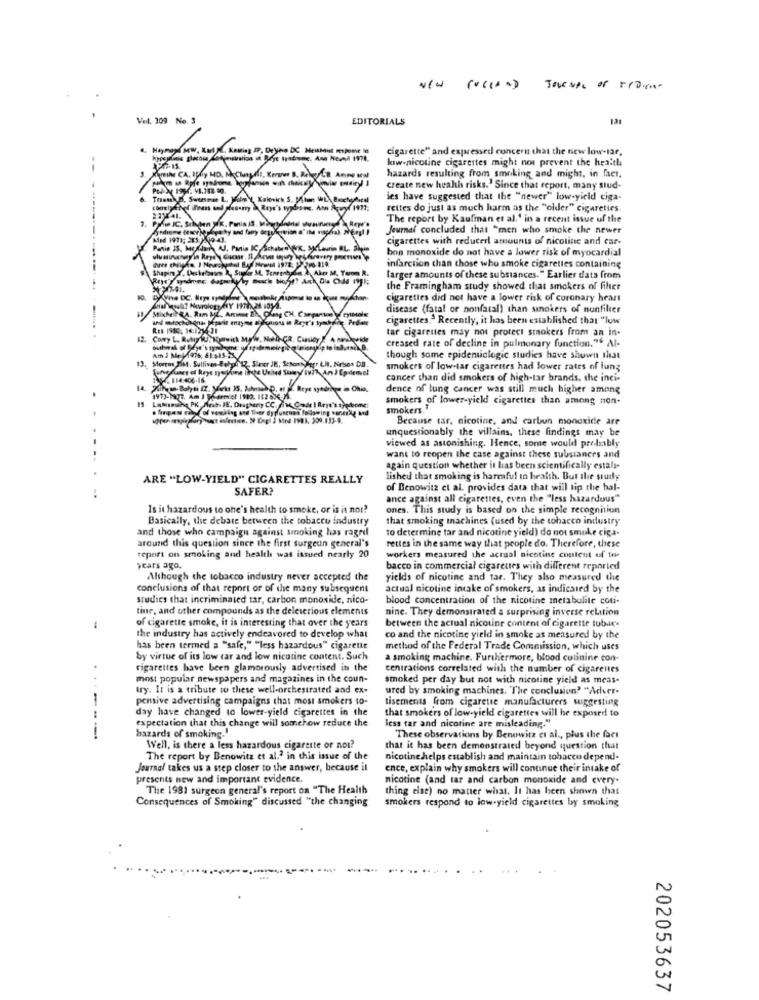
Ved. 309 No. 3
EDITORIALS
121
cigarette" and expressed concern that the new low-tar.
kıw-nicotine cigarettes might not prevent the health
--
hazards resulting from smoking and might, in fact.
create new health risks." Since that report, many siud.
Thank D. Swennman L. Moms ( Kalori
ies have suggested that the "newer" low-yield ciga-
rettes do just as much harm as the "older" cigarettes
Prie IC. Schuhen K. Panin IS. V
The report by Kaufman et al.' in a recent issue of the
Journal concluded that "men who smoke the newer
cigarettes with reducerl amounts of nicoline and car-
Panie 35, Mc
Panie 35, Mondan AJ. Panin IC, Sche
bon monoxide do not have a lower risk of myocardial
796-819
Shaping Y. Deshebben R, Sualor M. Terre
Shapin Y. De
infarction than those who smoke cigarettes containing
larger amounts of these substances. " Earlier data from
the Framingham study showed that smokers of filter
cigarettes did not have a lower risk of coronary heart
disease (fatal or nonfatal) than sinokers of nonfilier
cigarettes." Recently, it has been established that "luw
Res 1980, 14:1216 21
tar cigarettes may not protect smokers from an in-
Corry L. Ruby ke, Ryanwick MpWww. Mohli GR
Chasity
creased rate of decline in pulmonary function." Al-
bulmak of Meye's
though some epidemiologic studies have shown that
Epidem
smokers of low-tar cigarettes had lower rates of lun;
cancer than did smokers of high-tar brands, the inci-
14
dence of lung cancer was still much higher among
.
smokers of lower-yick! cigarettes than among non-
ver dy plusenes following wane
smokers."
MI INES, 309,133-9.
Because tar, nicotine, and carbon monoxide are
unquestionably the villains, these findings may be
viewed as astonishing. Hence, some would probably
want to reopen the case against these substances and
again question whether it has been scientifically estals-
ARE "LOW-YIELD" CIGARETTES REALLY
lished that smoking is harmful to health. But the study
SAFER?
of Benowitz et al. provides data that will tip the hal-
ance against all cigarettes, even the "less hazardous"
Is it hazardous to one's health to smoke, or is it nor?
ones. This study is based on the simple recognition
Basically, the debate between the tobacco industry
that smoking machines (used by the tobacco industry
and those who campaign against smoking has raged
to determine tar and nicotine yield) do not smoke ciga-
rettes in the same way that people do. Therefore, these
around this question since the first surgeon general's
workers measured the actual nicotine content uif to-
report on smoking and health was issued nearly 20
years ago.
bacco in commercial cigarettes with different reported
Although the tobacco industry never accepted the
yields of nicotine and tar. They also measured the
conclusions of that report or of the many subsequent
actual nicotine intake of smokers, as indicated by the
studies that incriminated tar, carbon monoxide, nico-
blood concentration of the nicotine metabolite coti-
tine, and other compounds as the deleterious elements
nine. They demonstrated a surprising inverse relation
of cigarette smoke, it is interesting that over the years
between the actual nicotine content of cigarette tobar.
the industry has actively endeavored to develop what
co and the nicotine yield in smoke as measured by the
has been termed a "safe," "less hazardous" cigarette
method of the Federal Trade Commission, which uses
by virtue of its low tar and low nicotine content. Such
a smoking machine. Furthermore, blood colinine con-
cigarettes have been glamorously advertised in the
centrations correlated with the number of cigarettes
most popular newspapers and magazines in the coun-
smoked per day but not with nicotine yield as meas-
try. It is a tribute to these well-orchestrated and ex-
ured by smoking machines. "The conclusion? "Adver-
pensive advertising campaigns that most smokers to-
tisements from cigarette manufacturers suggesting
day have changed to lower-yield cigarettes in the
that smokers of low-yield cigarettes will be exposed to
expectation that this change will somehow reduce the
less tar and nicotine are misleading."
hazards of smoking."
These observations by Benowitz et al ., plus the fact
Well, is there a less hazardous cigarette or not?
that it has been demonstrated beyond question that
The report by Benowitz et al." in this issue of the
nicotinehelps establish and maintain tobacco depend-
Journal takes us a step closer to the answer, because il
ence, explain why smokers will continue their intake of
presents new and important evidence.
nicotine (and tar and carbon monoxide and every-
The 1981 surgeon general's report on "The Health
thing else) no matter what. It has been shown that
Consequences of Smoking" discussed "the changing
smokers respond to low-yield cigarettes by smoking
202053637